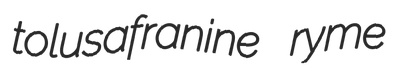
tolusafranine ryme